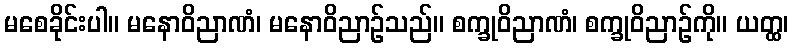
မစေခိုင်းပါ။ မနောဝိညာဏံ၊ မနောဝိညာဉ်သည်။ စက္ခုဝိညာဏံ၊ စက္ခုဝိညာဉ်ကို။ ယတ္ထ၊